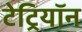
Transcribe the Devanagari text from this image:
टेट्रियॉन